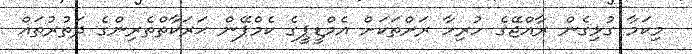
މިކަމާ ގުޅިގެން ރާއްޖޭގެ ހުރިހާ ރަށްތަކަށް އެމްޑީޕީގެ ކެމްޕޭން ޙަރަކާތްތެރިންގެ ދަތުރުތައް